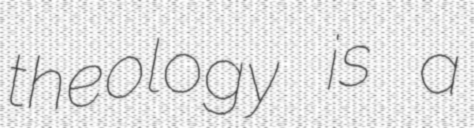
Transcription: theology is a